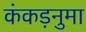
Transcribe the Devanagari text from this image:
कंकड़नुमा